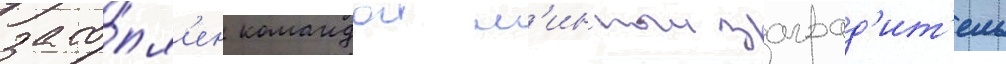
зато́пл'ен командои м'инныи заград'ит'ель